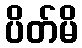
ပိတ်မိ